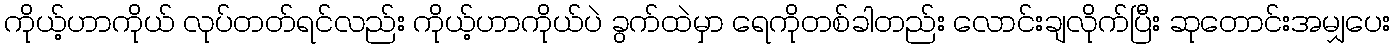
ကိုယ့်ဟာကိုယ် လုပ်တတ်ရင်လည်း ကိုယ့်ဟာကိုယ်ပဲ ခွက်ထဲမှာ ရေကိုတစ်ခါတည်း လောင်းချလိုက်ပြီး ဆုတောင်းအမျှပေး